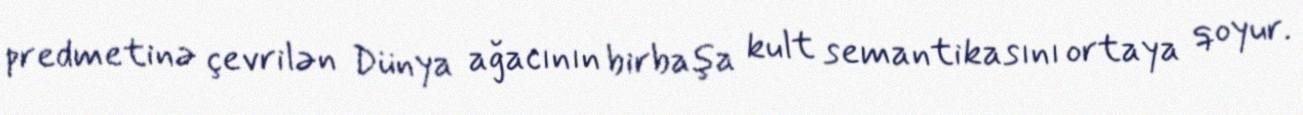
predmetinə çevrilən Dünya ağacının birbaşa kult semantikasını ortaya qoyur.